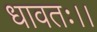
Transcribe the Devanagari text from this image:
धावतः।।